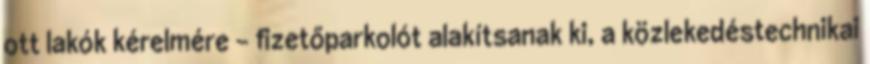
ott lakók kérelmére – fizetőparkolót alakítsanak ki, a közlekedéstechnikai